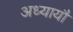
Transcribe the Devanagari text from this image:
अध्यायौं